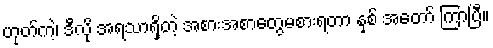
ဟုတ်ကဲ့၊ ဒီလို အရသာရှိတဲ့ အစားအစာတွေမစားရတာ နှစ် အတော် ကြာပြီ။